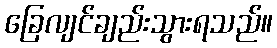
ခြေလျင်ချည်းသွားရသည်။